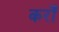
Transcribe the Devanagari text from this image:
करोँ